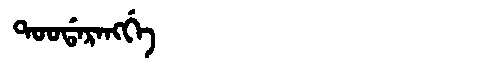
Manchu: ᡨᠣᠣᡩᠠᡵᠠᠩᡤᡝ
Romanization: TOODARANGGE